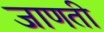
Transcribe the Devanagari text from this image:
जाणती